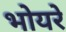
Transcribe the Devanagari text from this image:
भोयरे